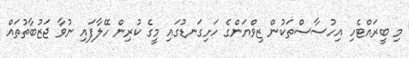
މި ބީރައްޓެހި އިހުސާސްތަކުން ޒިވްޔަންގެ ހަށިގަނޑުގައި މީގެ ކުރިން ހޭލާފައި ނުވާ ޖަޒުބާތުތައް